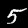
Label: 5